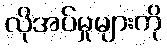
လိုအပ်မှုများကို